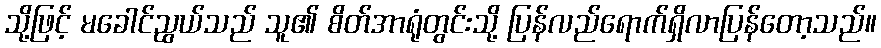
သို့ဖြင့် မခေါင်ညွယ်သည် သူ၏ စိတ်အာရုံတွင်းသို့ ပြန်လည်ရောက်ရှိလာပြန်တော့သည်။